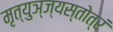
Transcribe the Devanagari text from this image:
मृत्युञ्ज्यस्तोत्रं